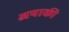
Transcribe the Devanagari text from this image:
अपाकी